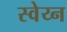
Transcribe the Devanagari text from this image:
स्वेय्न